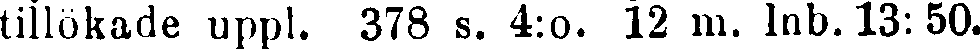
tillökade uppl. 378 s. 4:o. 12 m. Inb. 13: 50.